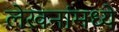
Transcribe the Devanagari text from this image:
लेखनांमध्ये